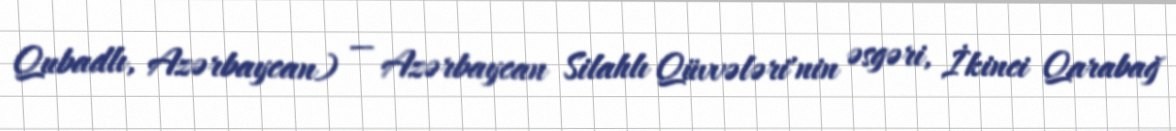
Qubadlı, Azərbaycan) — Azərbaycan Silahlı Qüvvələri'nin əsgəri, İkinci Qarabağ